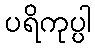
ပရိကုပ္ပါ